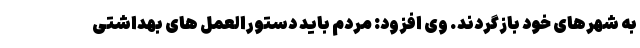
به شهرهای خود بازگردند. وی افزود: مردم باید دستورالعمل های بهداشتی